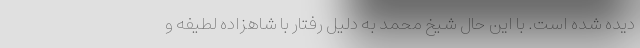
دیده شده است. با این حال شیخ محمد به دلیل رفتار با شاهزاده لطیفه و